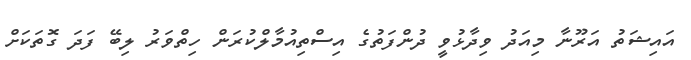
އައިޝަތު އަރޫނާ މިއަދު ވިދާޅުވީ ދުންފަތުގެ އިސްތިއުމާލްކުރަން ހިތްވަރު ލިބޭ ފަދަ ގޮތަކަށް